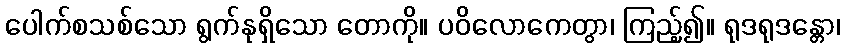
ပေါက်စသစ်သော ရွက်နုရှိသော တောကို။ ပဝိလောကေတွာ၊ ကြည့်၍။ ရုဒရုဒန္တော၊